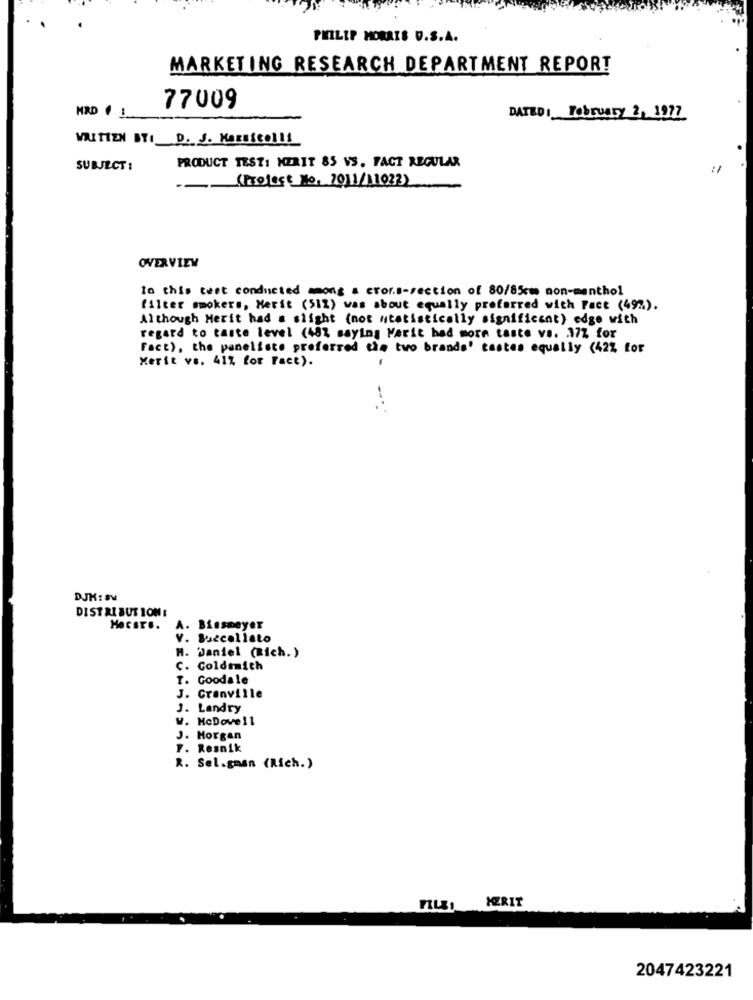
PHILIP MORRIS D.S.A.
MARKETING RESEARCH DEPARTMENT REPORT
77009
HRD :
DATEDI February 2, 1977
WRITTEN BYI D. J. Karsicolli
PRODUCT TEST: MERIT 85 VS. FACT REGULAR
SUBJECT :
(Protest No. 7011/11022)
OVERVIEW
lo this test conducted song a cror.s-section of 80/85cm non-menthol
filter smokers, Herit (512) was about equally preferred with Fact (49%).
Although Merit had a slight (not statistically significant) edge with
regard to taste level (48% saying Marit had more taste va. 37% for
Fact), the paneliste preferred the two brands' tastes equally (42% for
Xerit ve. 41% for Fact).
DJH: SV
DISTRIBUTION :
A. Bissmeyer
. Buccellato
H. Daniel (Rich. )
. Goldsmith
T. Goodale
J. Granville
J. Landry
W. McDove11
J. Horgan
F. Resnik
R. Sel.gman (Rich.)
nuI
HERIT
2047423221